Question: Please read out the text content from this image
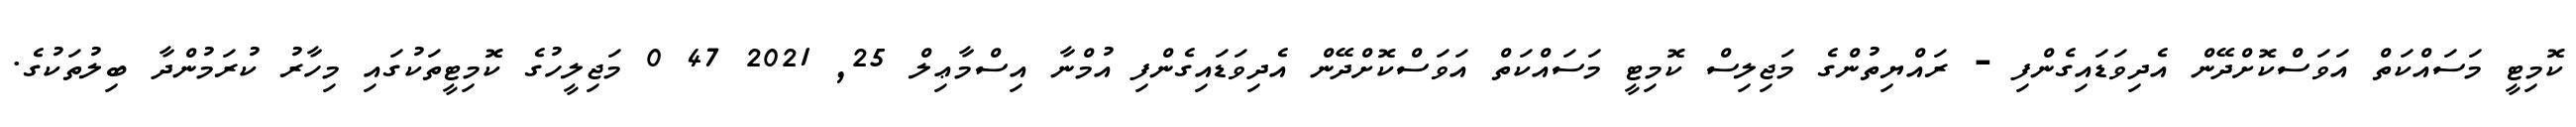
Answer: ކޮމިޓީ މަސައްކަތް އަވަސްކޮށްދޭން އެދިވަޑައިގެންފި - ރައްޔިތުންގެ މަޖިލިސް ކޮމިޓީ މަސައްކަތް އަވަސްކޮށްދޭން އެދިވަޑައިގެންފި އުމްނާ އިސްމާޢިލް 25, 2021 47 0 މަޖިލީހުގެ ކޮމިޓީތަކުގައި މިހާރު ކުރަމުންދާ ބިލުތަކުގެ.